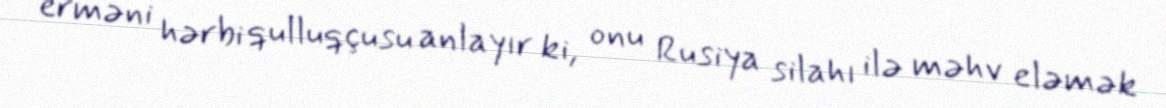
erməni hərbi qulluqçusu anlayır ki, onu Rusiya silahı ilə məhv eləmək